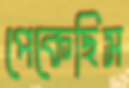
পেকেছিস